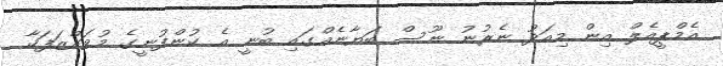
އެމްޕީއެލް އިން މިއަދު ނެރުނު ނޫސް ބަޔާނެއްގައި ބުނީ އެ ކުންފުނީގެ މުވައްޒަފަކާ